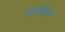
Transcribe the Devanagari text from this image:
मजमउल्